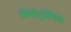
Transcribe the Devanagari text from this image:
थेमोट्रोनिक